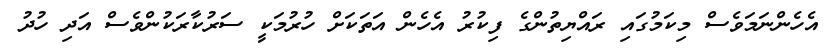
އެހެންނަމަވެސް މިކަމުގައި ރައްޔިތުންގެ ފިކުރު އެހެން އަތަކަށް ހުރުމަކީ ސަރުކާރަކުންވެސް އަދި ހުދު